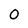
Character: 0